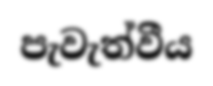
පැවැත්වීය